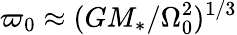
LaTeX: \varpi_{0}\approx(G{M_{\ast}}/\Omega_{0}^{2})^{1/3}